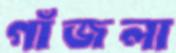
গাঁজলা